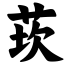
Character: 莰